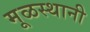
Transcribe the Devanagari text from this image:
मूळस्थानी